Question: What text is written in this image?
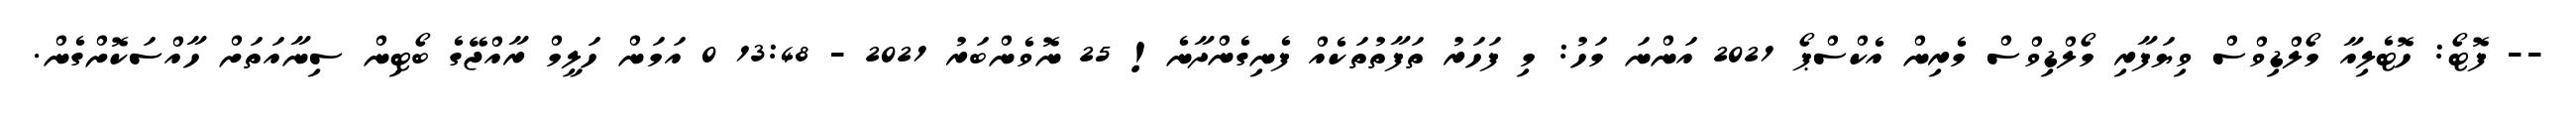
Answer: -- ފޮޓޯ: ހޮޓެލިއާ މޯލްޑިވްސް ވިޔަފާރި މޯލްޑިވްސް މެރިން އެކްސްޕޯ 2021 އަންނަ މަހު: މި ފަހަރު ތަފާތުތަކެއް ފެނިގެންދާނެ! 25 ނޮވެންބަރު 2021 - 13:48 0 އަމަން ހަލީމް ރާއްޖޭގެ ބޯޓިން ސިނާއަތަށް ހާއްސަކޮށްގެން.